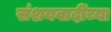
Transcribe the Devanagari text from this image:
संशयवादींच्या